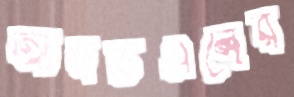
আরটিএলের